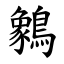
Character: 䴂